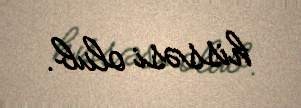
hissəsi olub.